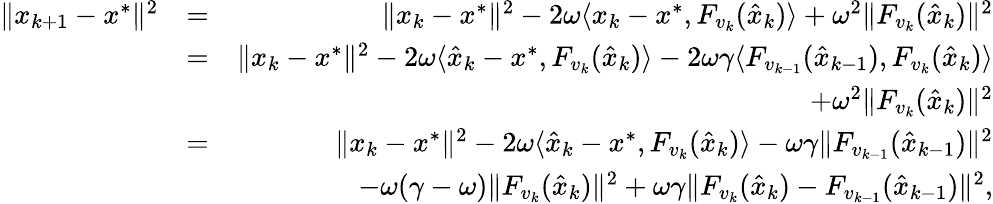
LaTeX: \begin{array}{rlr}{\| x_{k+1}-x^{*}\| ^{2}}&{=}&{\| x_{k}-x^{*}\| ^{2}-2\omega\langle x_{k}-x^{*},F_{v_{k}}(\hat{x}_{k})\rangle+\omega^{2}\| F_{v_{k}}(\hat{x}_{k})\| ^{2}}\\ &{=}&{\| x_{k}-x^{*}\| ^{2}-2\omega\langle\hat{x}_{k}-x^{*},F_{v_{k}}(\hat{x}_{k})\rangle-2\omega\gamma\langle F_{v_{k-1}}(\hat{x}_{k-1}),F_{v_{k}}(\hat{x}_{k})\rangle}\\ &{}&{\quad+\omega^{2}\| F_{v_{k}}(\hat{x}_{k})\| ^{2}}\\ &{=}&{\| x_{k}-x^{*}\| ^{2}-2\omega\langle\hat{x}_{k}-x^{*},F_{v_{k}}(\hat{x}_{k})\rangle-\omega\gamma\| F_{v_{k-1}}(\hat{x}_{k-1})\| ^{2}}\\ &{}&{\quad-\omega(\gamma-\omega)\| F_{v_{k}}(\hat{x}_{k})\| ^{2}+\omega\gamma\| F_{v_{k}}(\hat{x}_{k})-F_{v_{k-1}}(\hat{x}_{k-1})\| ^{2},}\end{array}